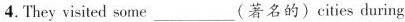
4.They visited some ___ (著名的) cities during